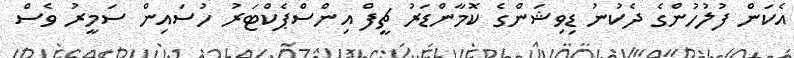
އެކަން ފުލުހުންގެ ދެކުނު ޑިވިޝަންގެ ކޮމާންޑަރު ޗީފް އިންސްޕެކްޓަރު ހުސައިން ސަމީރު ވެސް